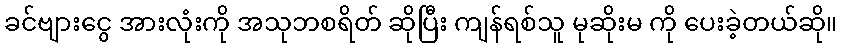
ခင်ဗျားငွေ အားလုံးကို အသုဘစရိတ် ဆိုပြီး ကျန်ရစ်သူ မုဆိုးမ ကို ပေးခဲ့တယ်ဆို။